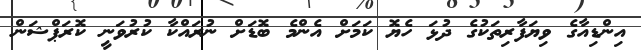
އިންޑިއާގެ ވިޔަފާރިތަކުގެ ދުޅަ ހެޔޮ ކަމަށް އެންމެ ބޮޑަށް ނުރައްކާ ކުރުވަނީ ކޮރަޕްޝަން